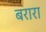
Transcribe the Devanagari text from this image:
बरारा